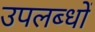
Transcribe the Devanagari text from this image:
उपलब्धों